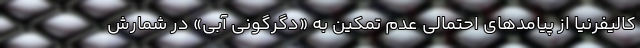
کالیفرنیا از پیامدهای احتمالی عدم تمکین به «دگرگونی آبی» در شمارش